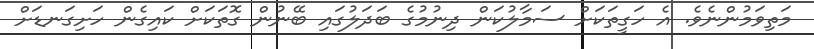
މަތިވަމުންނެވެ. އެ ހަގީތަކަށް ސަމާލުކަން ދިނުމުގެ ބަދަލުގައި ބޭނުން ގޮތަކަށް ކައިގެން ހަށިގަނޑަށް